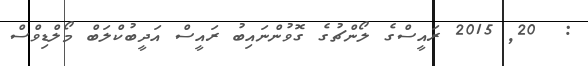
:  20